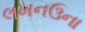
લખનઉના